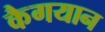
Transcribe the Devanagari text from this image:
कैगयान